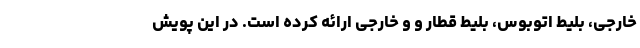
خارجی، بلیط اتوبوس، بلیط قطار و و خارجی ارائه کرده است. در این پویش